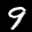
Label: 9